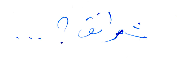
شرانق؟...